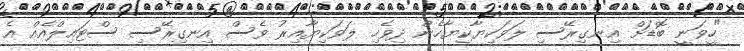
"ހީވަނީ ބޮޑަށް އިނގިރޭސި ލަވަކިޔާކިޔާހެން ދިވެހި ލަވަކިޔާއިރު ވެސް އިނގިރޭސި ސްޓައިލްއެއް އެ